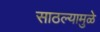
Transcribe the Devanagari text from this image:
साठल्यामुळे